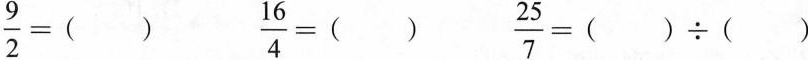
$$\frac{9}{2} = ()$$ $$\frac{16}{4} = ()$$ $$\frac{25}{7} = () \div () $$